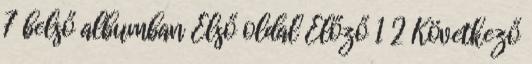
7 belső albumban Első oldal Előző 1 2 Következő